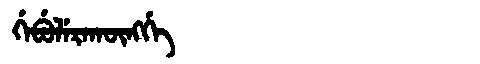
Manchu: ᡤᡝᠪᡠᠯᡝᡵᠠᡴᡡᠩᡤᡝ
Romanization: GEBULERAKŪNGGE